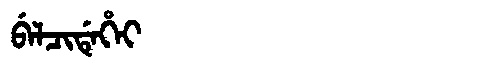
Manchu: ᠪᡝᠯᠴᡳᡩᡝᡥᡝᡳ
Romanization: BELCIDEHEI